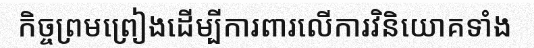
កិច្ចព្រមព្រៀងដើម្បីការពារលើការវិនិយោគទាំង